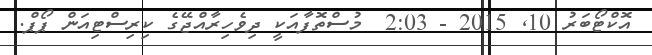
އޮކްޓޯބަރު 10